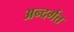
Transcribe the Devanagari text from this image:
अन्दर्गत